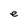
Character: e